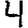
Digit: 4